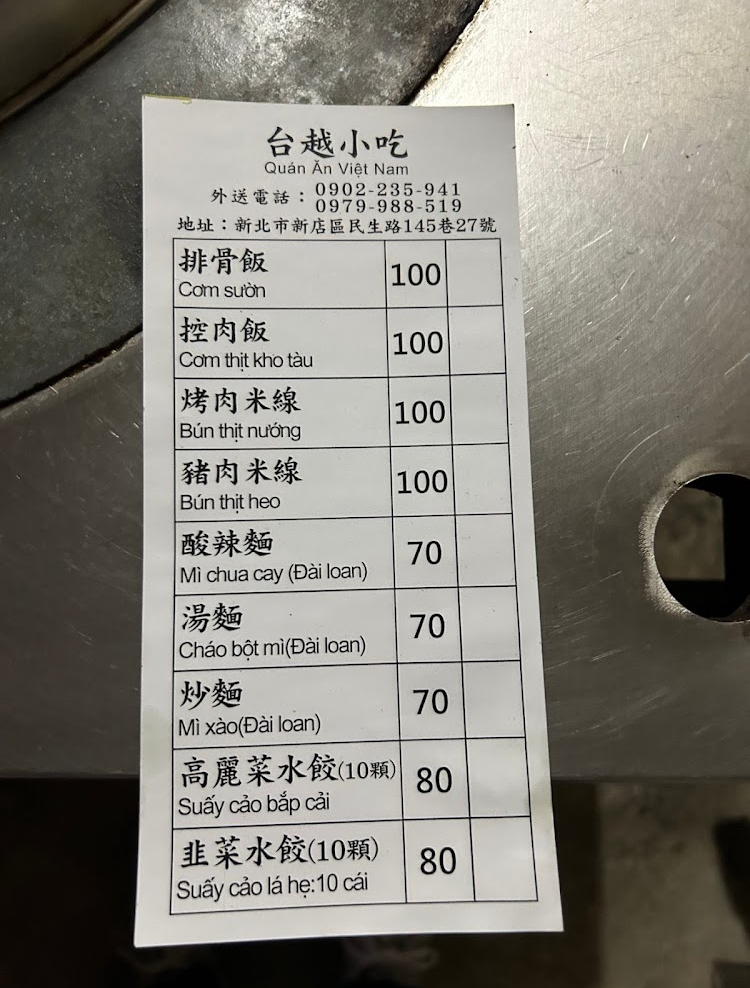
餐廳：台越小吃
地址：新北市新店區民生路145巷27號
電話：0902-235-941,0979-988-519
菜單：
name: 排骨飯
price: 100
name: 控肉飯
price: 100
name: 烤肉米線
price: 100
name: 豬肉米線
price: 100
name: 酸辣麵
price: 70
name: 湯麵
price: 70
name: 炒麵
price: 70
name: 高麗菜水餃(10顆)
price: 80
name: 韭菜水餃(10顆)
price: 80